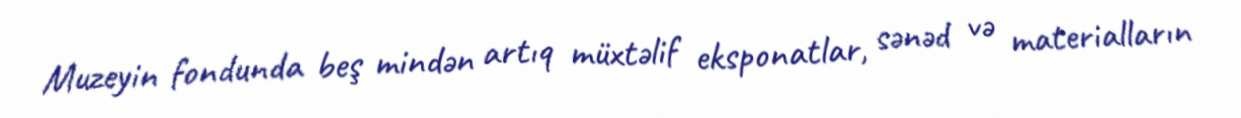
Muzeyin fondunda beş mindən artıq müxtəlif eksponatlar, sənəd və materialların